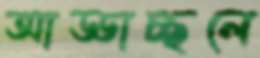
আড্ডাচ্ছলে